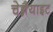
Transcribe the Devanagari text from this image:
चेन्नैयाइट